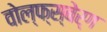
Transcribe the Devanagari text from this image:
वोल्फ्स्बेर्ग